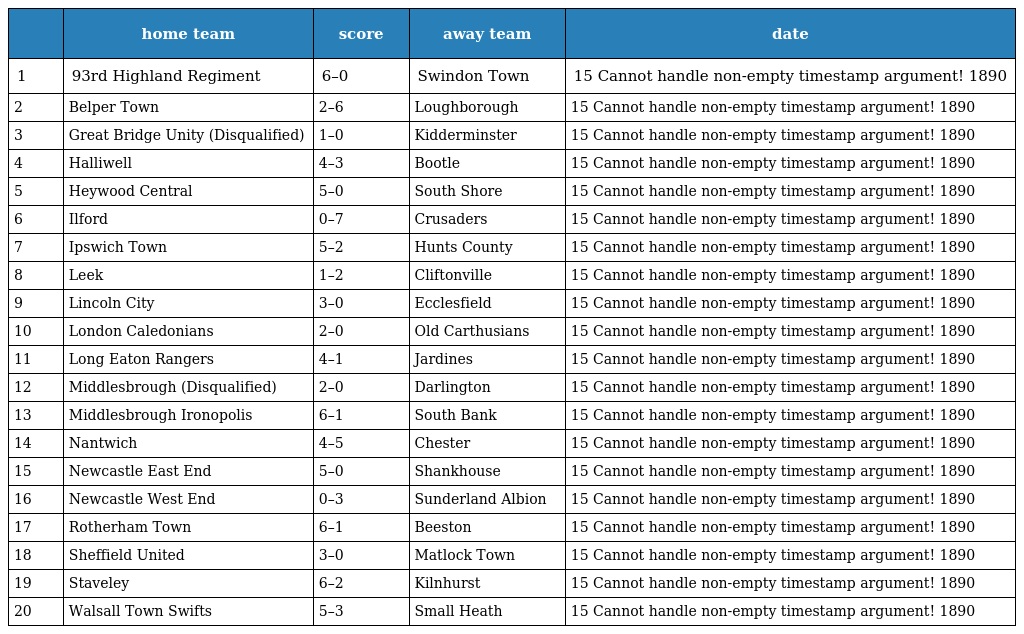
|  | home team | score | away team | date |
 | --- | --- | --- | --- | --- |
 | 1 | 93rd Highland Regiment | 6–0 | Swindon Town | 15 Cannot handle non-empty timestamp argument! 1890 |
 | 2 | Belper Town | 2–6 | Loughborough | 15 Cannot handle non-empty timestamp argument! 1890 |
 | 3 | Great Bridge Unity (Disqualified) | 1–0 | Kidderminster | 15 Cannot handle non-empty timestamp argument! 1890 |
 | 4 | Halliwell | 4–3 | Bootle | 15 Cannot handle non-empty timestamp argument! 1890 |
 | 5 | Heywood Central | 5–0 | South Shore | 15 Cannot handle non-empty timestamp argument! 1890 |
 | 6 | Ilford | 0–7 | Crusaders | 15 Cannot handle non-empty timestamp argument! 1890 |
 | 7 | Ipswich Town | 5–2 | Hunts County | 15 Cannot handle non-empty timestamp argument! 1890 |
 | 8 | Leek | 1–2 | Cliftonville | 15 Cannot handle non-empty timestamp argument! 1890 |
 | 9 | Lincoln City | 3–0 | Ecclesfield | 15 Cannot handle non-empty timestamp argument! 1890 |
 | 10 | London Caledonians | 2–0 | Old Carthusians | 15 Cannot handle non-empty timestamp argument! 1890 |
 | 11 | Long Eaton Rangers | 4–1 | Jardines | 15 Cannot handle non-empty timestamp argument! 1890 |
 | 12 | Middlesbrough (Disqualified) | 2–0 | Darlington | 15 Cannot handle non-empty timestamp argument! 1890 |
 | 13 | Middlesbrough Ironopolis | 6–1 | South Bank | 15 Cannot handle non-empty timestamp argument! 1890 |
 | 14 | Nantwich | 4–5 | Chester | 15 Cannot handle non-empty timestamp argument! 1890 |
 | 15 | Newcastle East End | 5–0 | Shankhouse | 15 Cannot handle non-empty timestamp argument! 1890 |
 | 16 | Newcastle West End | 0–3 | Sunderland Albion | 15 Cannot handle non-empty timestamp argument! 1890 |
 | 17 | Rotherham Town | 6–1 | Beeston | 15 Cannot handle non-empty timestamp argument! 1890 |
 | 18 | Sheffield United | 3–0 | Matlock Town | 15 Cannot handle non-empty timestamp argument! 1890 |
 | 19 | Staveley | 6–2 | Kilnhurst | 15 Cannot handle non-empty timestamp argument! 1890 |
 | 20 | Walsall Town Swifts | 5–3 | Small Heath | 15 Cannot handle non-empty timestamp argument! 1890 |